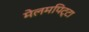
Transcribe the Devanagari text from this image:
मेलमपिट्टा